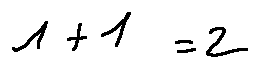
1 + 1 = 2